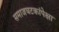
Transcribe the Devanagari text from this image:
समाजघटकांपेक्षा